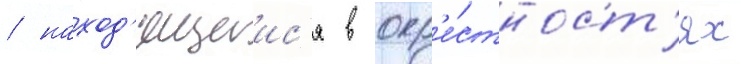
/ наход'ящиис'я в окр'е́стност'ях